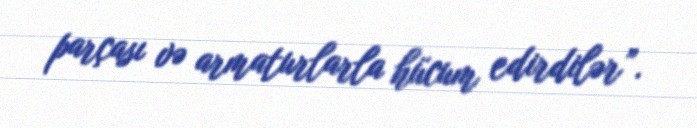
parçası və armaturlarla hücum edirdilər”.